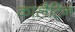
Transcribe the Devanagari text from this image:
कालैटिन